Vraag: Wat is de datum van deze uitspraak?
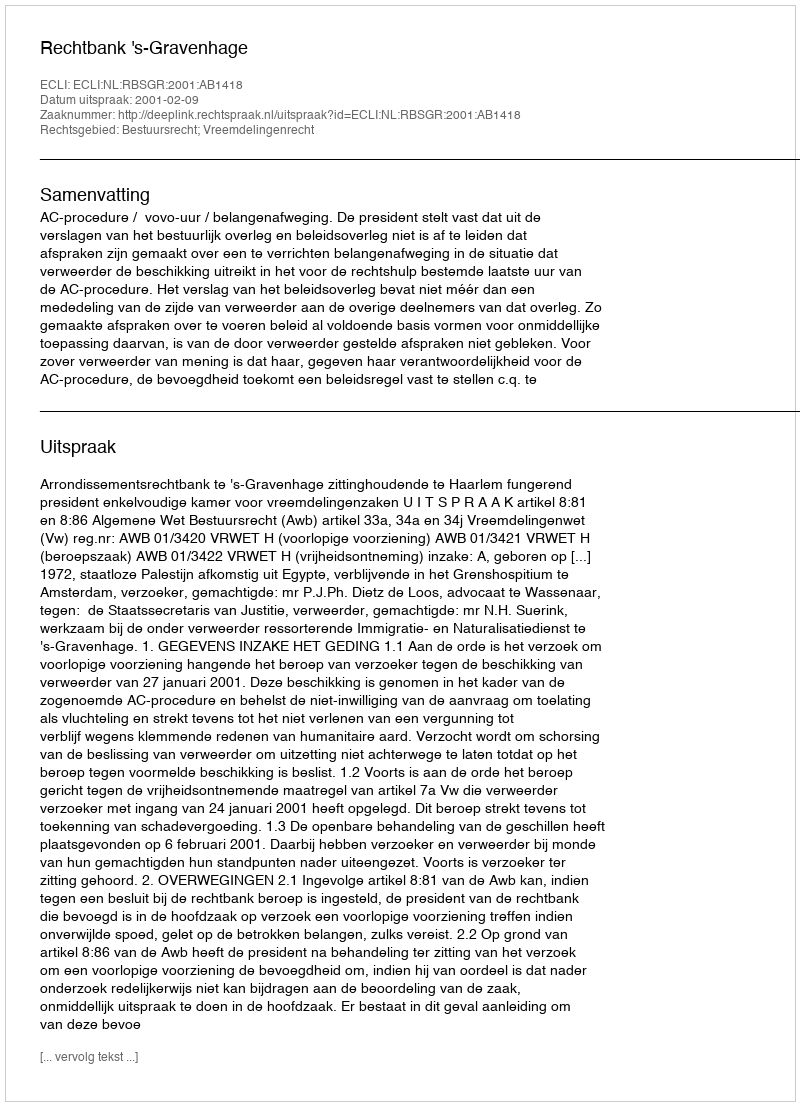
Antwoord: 2001-02-09